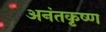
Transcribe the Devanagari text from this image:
अनंतकृष्ण